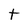
Character: t